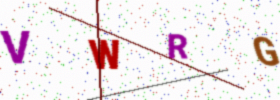
Text: VWRG